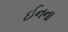
ઈનના